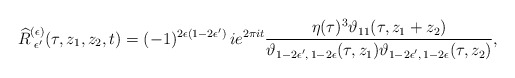
\begin{align*} \widehat{R}^{(\epsilon)}_{\,\,\epsilon^\prime} (\tau, z_1, z_2, t) = (-1)^{2\epsilon (1-2\epsilon^\prime)} \, i e^{2\pi i t} \frac{\eta(\tau)^3 \vartheta_{11} (\tau, z_1+z_2)} {\vartheta_{1-2\epsilon^\prime,\, 1-2\epsilon} (\tau, z_1) \vartheta_{1-2\epsilon^\prime,\, 1-2\epsilon} (\tau, z_2)},\end{align*}